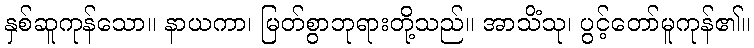
နှစ်ဆူကုန်သော။ နာယကာ၊ မြတ်စွာဘုရားတို့သည်။ အာသိံသု၊ ပွင့်တော်မူကုန်၏။